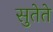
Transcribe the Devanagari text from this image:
सुतेते